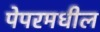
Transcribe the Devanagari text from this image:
पेपरमधील